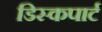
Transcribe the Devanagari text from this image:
डिस्कपार्ट